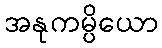
အနုကမ္ပိယော